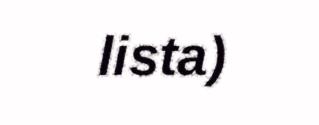
lista)